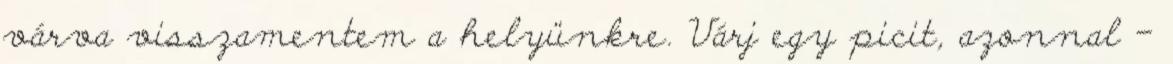
várva visszamentem a helyünkre. Várj egy picit, azonnal –